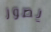
يصور